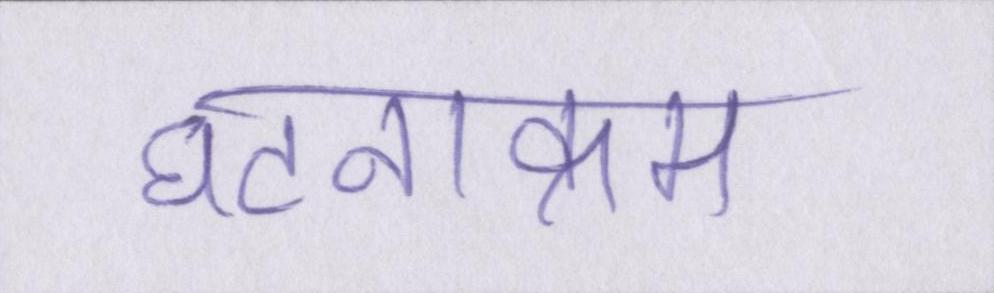
घटनाक्रम